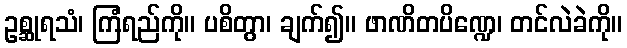
ဥစ္ဆုရသံ၊ ကြံရည်ကို။ ပစိတွာ၊ ချက်၍။ ဖာဏိတပိဏ္ဍေ၊ တင်လဲခဲကို။